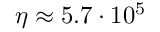
\eta \approx 5 . 7 \cdot 1 0 ^ { 5 }